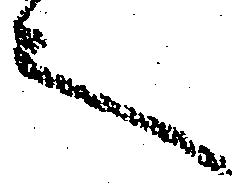
言